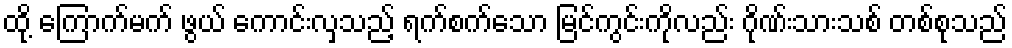
ထို့ ကြောက်မက် ဖွယ် ကောင်းလှသည့် ရက်စက်သော မြင်ကွင်းကိုလည်း ဂိုဏ်းသားသစ် တစ်စုသည်